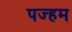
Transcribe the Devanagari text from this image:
पज्हम